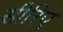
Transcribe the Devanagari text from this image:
सीरिए